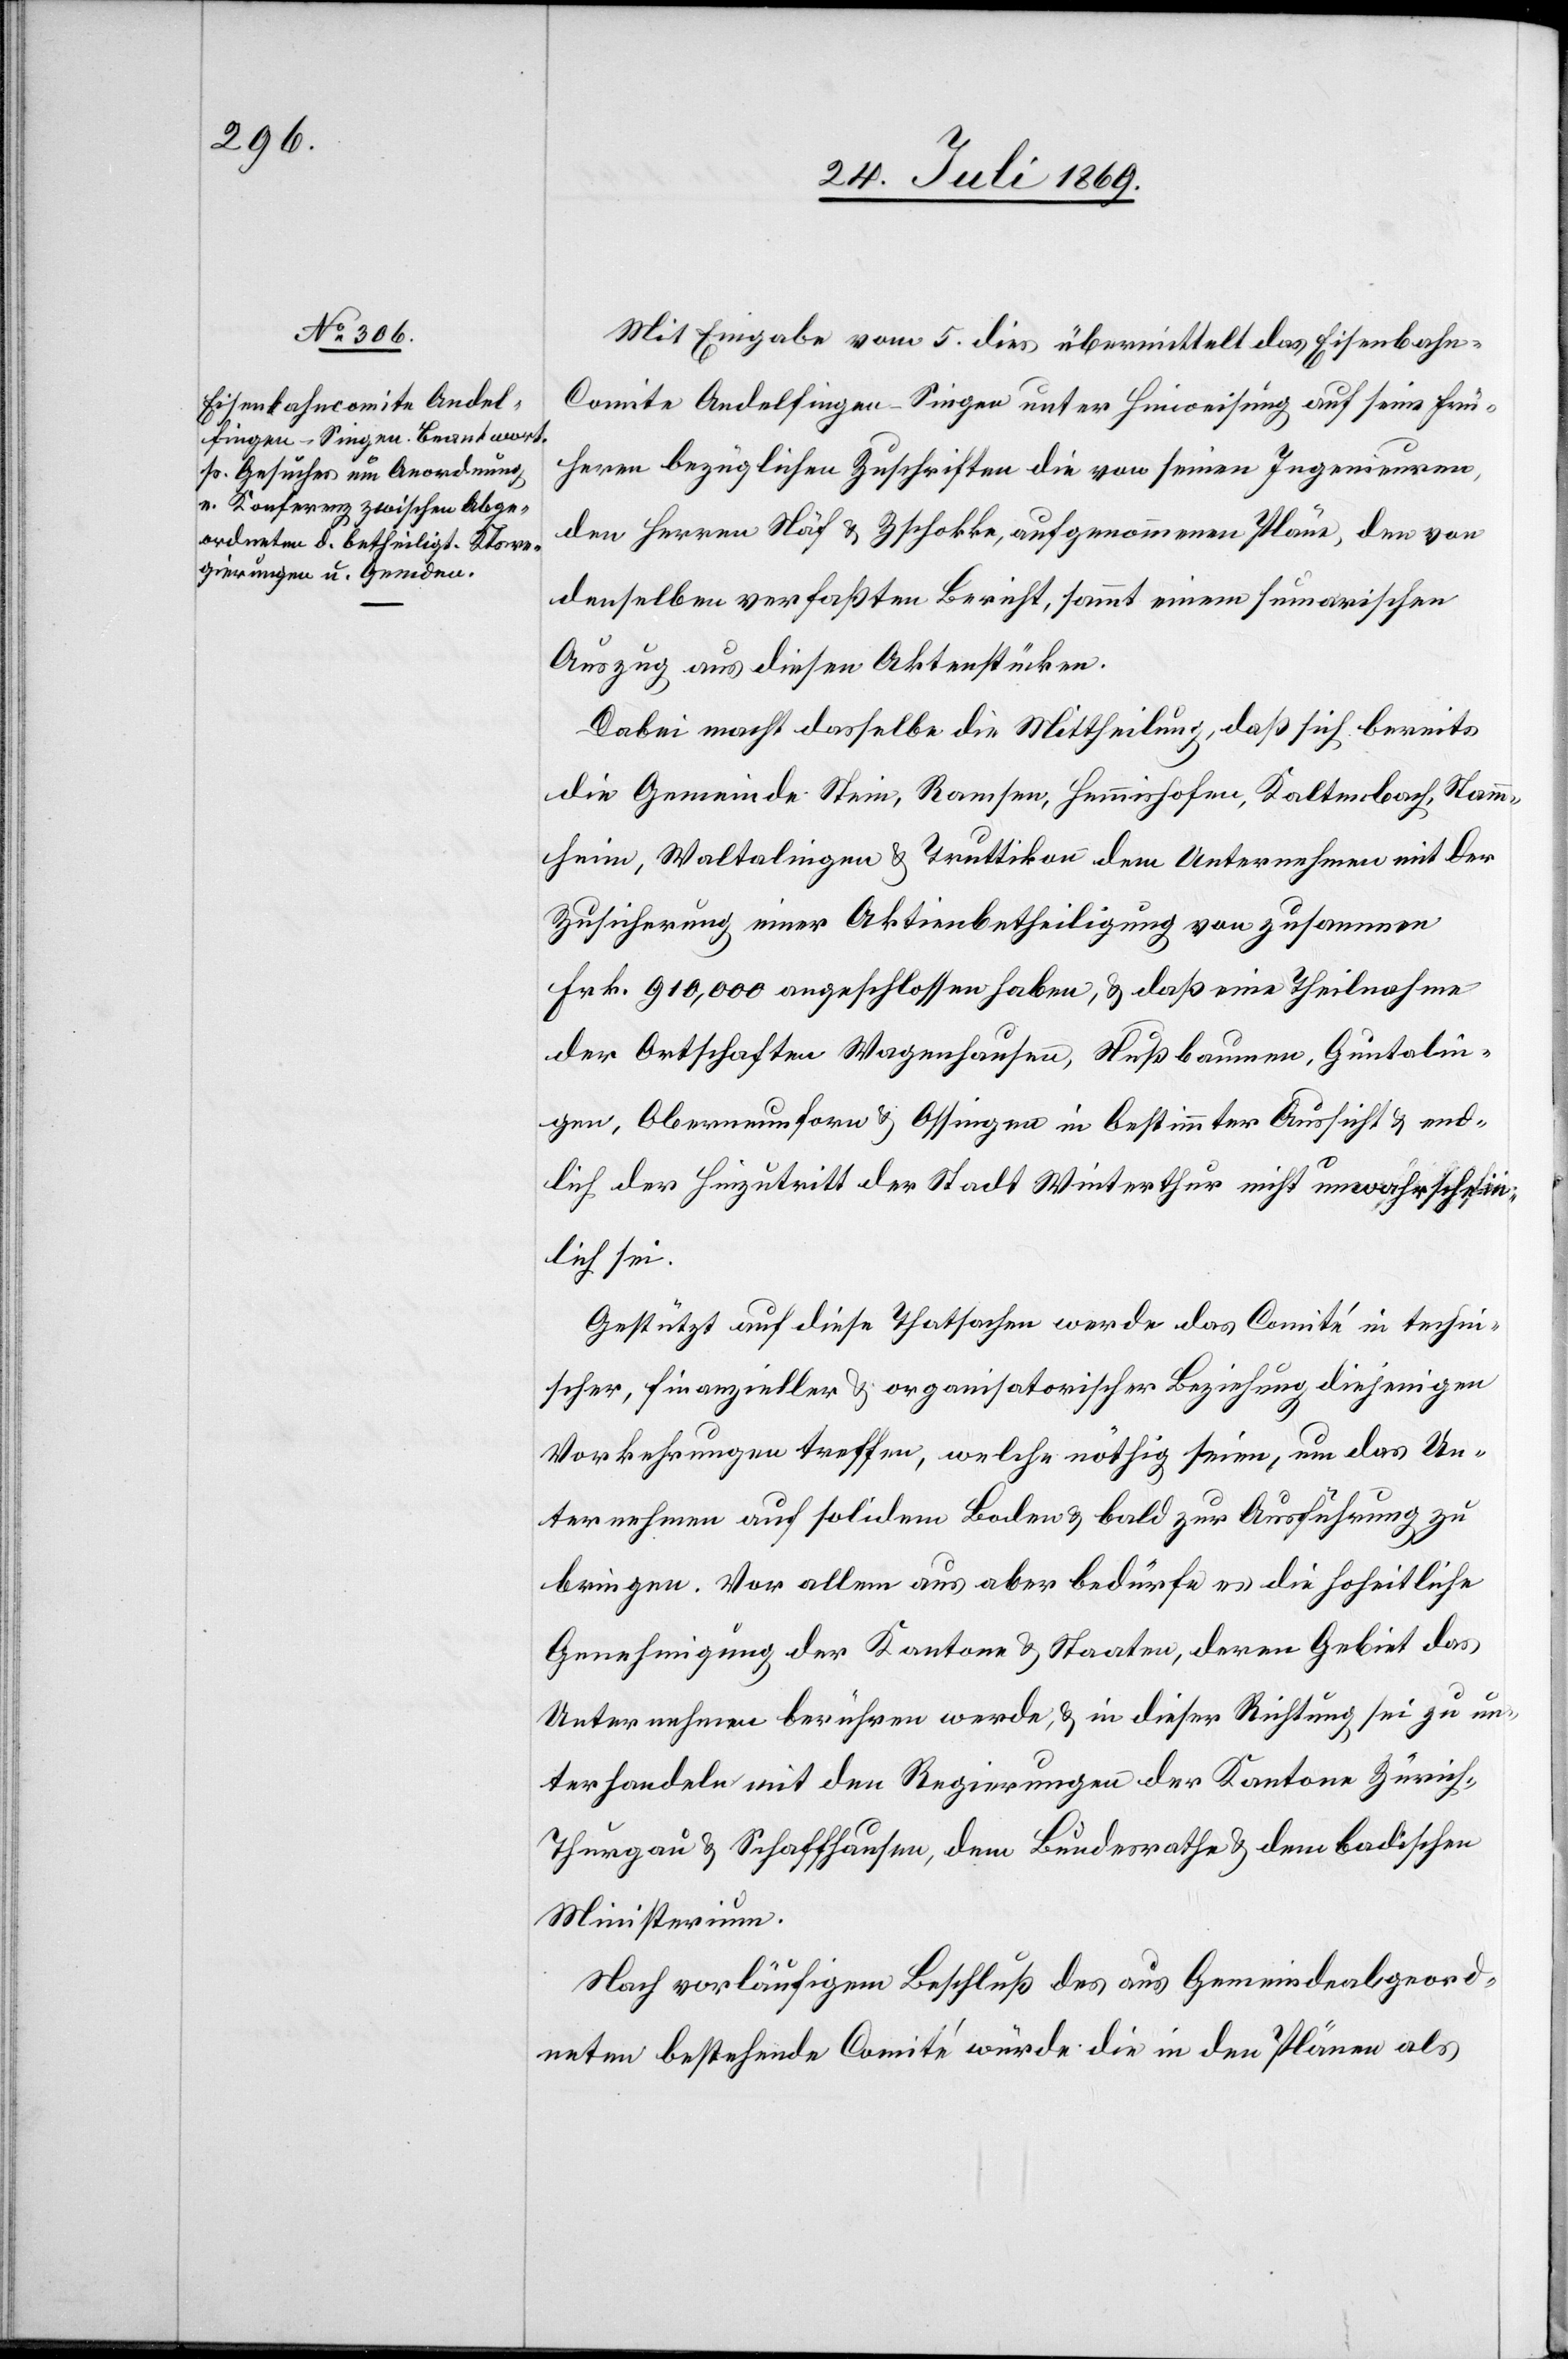
Mit Eingabe vom 5 dies übermittelt das Eisenbah¬
n-Comite Andelfingen-Singen unter Hinweisung auf seine frü¬
heren bezüglichen Zuschriften die von seinen Ingenieuren,
den Herrn Näf u. Zschokke, aufgenommenen Pläne, den von
denselben verfaßten Bericht, sammt einem summarischen
Auszug aus diesen Aktenstücken.
Dabei macht dasselbe die Mittheilung, daß sich bereits
die Gemeinde Stein, Ramsen, Hemmishofen, Kaltenbach, Stamm¬
heim, Waltalingen u. Truttikon dem Unternehmen mit der
Zusicherung einer Aktienbetheiligung von zusammen
Frk. 910,000 angeschlossen haben, u. daß eine Theilnahme
der Ortschaften Wagenhausen, Nußbaumen, Guntalin¬
gen, Oberneunforn u. Ossingen in bestimmter Ansicht u. end¬
lich der Hinzutritt der Stadt Winterthur nicht unwahrschein¬
lich sei.
Gestützt auf diese Thatsachen werde das Comité in techni¬
scher, finanzieller u. organisatorischer Beziehung diejenigen
Vorkehrungen treffen, welche nöthig seien, um das Un¬
ternehmen auf solidem Boden u. bald zur Ausführung zu
bringen. Vor allem aus aber bedürfe es die hoheitliche
Genehmigung der Kantone u. Staaten, deren Gebiet das
Unternehmen berühren werde, u. in dieser Richtung sei zu un¬
terhandeln mit den Regierungen der Kantone Zürich,
Thurgau u. Schaffhausen, dem Bundesrathe u. dem badischen
Ministerium.
Nach vorläufigem Beschluß des aus Gemeindsabgeord¬
neten bestehende Comité würde die in den Plänen als